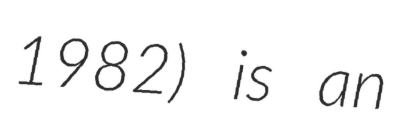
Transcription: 1982) is an